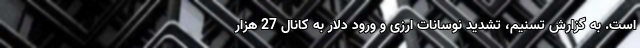
است. به گزارش تسنیم، تشدید نوسانات ارزی و ورود دلار به کانال 27 هزار